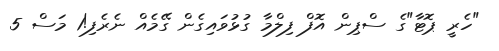
"ހެރީ ޕޮޓާ"ގެ ސްޕިން އޮފް ފިލްމާ ގުޅުވައިގެން ގޭމެއް ނެރެފި!1 މަސް 5